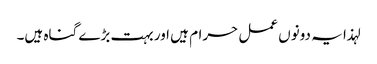
لہذا یہ دونوں عمل حرام ہیں اور بہت بڑے گناہ ہیں۔